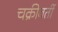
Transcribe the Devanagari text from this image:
चक्रीवर्ती